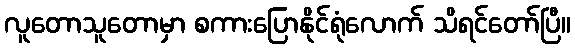
လူတောသူတောမှာ စကားပြောနိုင်ရုံလောက် သိရင်တော်ပြီ။